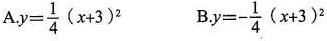
A.$$y = \frac { 1 } { 4 } ( x + 3 ) ^ { 2 } $$B.$$y = - \frac { 1 } { 4 } ( x + 3 ) ^ { 2 }$$